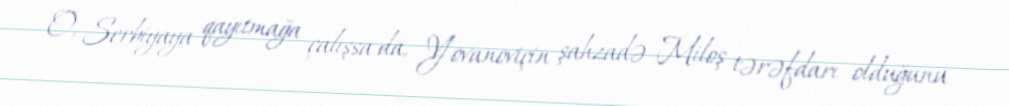
O, Serbiyaya qayıtmağa çalışsa da, Yovanoviçin şahzadə Miloş tərəfdarı olduğunu